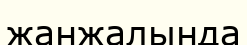
жанжалында